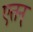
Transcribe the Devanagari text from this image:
एतन्‌